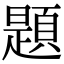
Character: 題